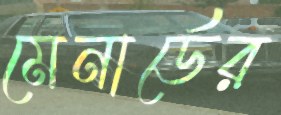
মেনার্ডের